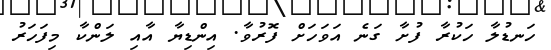
ހަނޑުލާ ހަކުރާ ފުށާ ގަނެ އަވަހަށް ފޮރުވާ. އިންޑިޔާ އާއި ލަންކާ މިފަހަރު